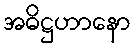
အဓိဋ္ဌဟာနော